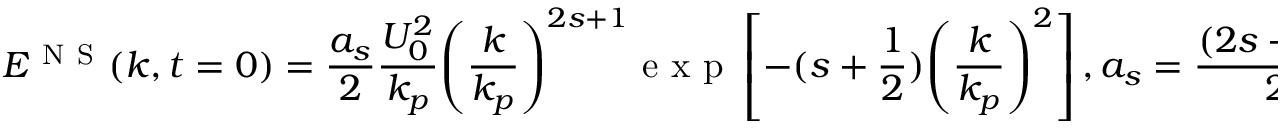
{ { E } ^ { \mathrm { ~ N ~ S ~ } } } ( k , t = 0 ) = \frac { { { a } _ { s } } } { 2 } \frac { U _ { 0 } ^ { 2 } } { { { k } _ { p } } } { { \left( \frac { k } { { { k } _ { p } } } \right) } ^ { 2 s + 1 } } \mathrm { ~ e ~ x ~ p ~ } \left[ - ( s + \frac { 1 } { 2 } ) { { \left( \frac { k } { { { k } _ { p } } } \right) } ^ { 2 } } \right] , { { a } _ { s } } = \frac { { { ( 2 s + 1 ) } ^ { s + 1 } } } { { { 2 } ^ { s } } s ! } ,